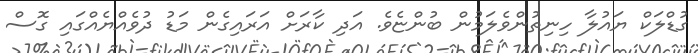
ގުޑްލަކް ޔައުލާ ހިނިތުންވެލަމުން ބުންޏެވެ. އަދިި ކާރަށް އަރައިގެން މަޑު ދުވެއްޔެއްގައި ގޮސް